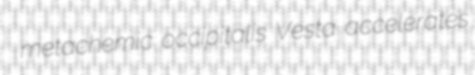
metachemic occipitalis Vesta accelerates